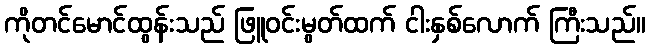
ကိုတင်မောင်ထွန်းသည် ဖြူဝင်းမွတ်ထက် ငါးနှစ်လောက် ကြီးသည်။